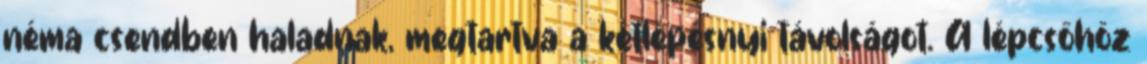
néma csendben haladnak, megtartva a kétlépésnyi távolságot. A lépcsőhöz